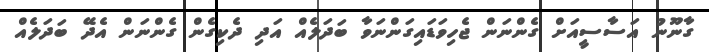
ގާނޫނު އަސާސީއަށް ގެންނަން ޖެހިވަޑައިގަންނަވާ ބަދަލެއް އަދި ދެކިގެން ގެންނަން އެދޭ ބަދަލެއް